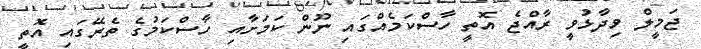
ޖަމީލް ވިދާޅުވީ ރާއްޖެ އޮތީ ހާސްކަމެއްގައި ނޫން ކަމަށާއި ހާސްކަމުގެ ތެރޭގައި އޮތީ